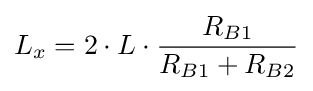
L_{x}=2\cdot L\cdot {\frac {R_{B1}}{R_{B1}+R_{B2}}}